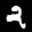
Label: 2